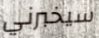
سيخبرني